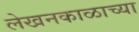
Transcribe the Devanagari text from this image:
लेखनकाळाच्या